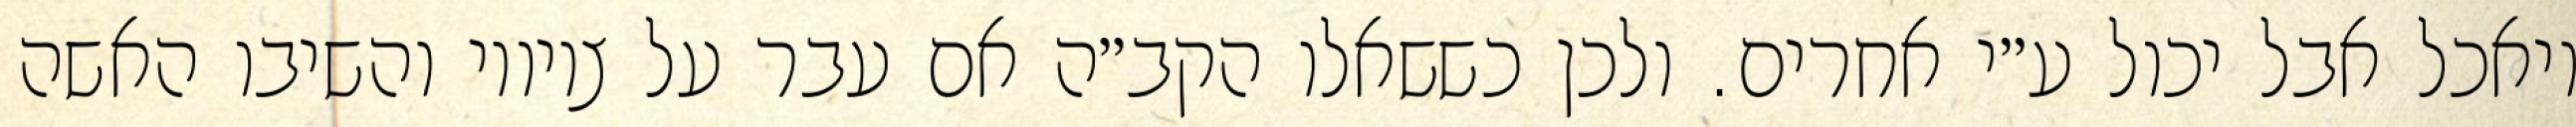
ויאכל אבל יכול ע״י אחרים. ולכן כששאלו הקב״ה אם עבר על ציוויו והשיבו האשה